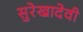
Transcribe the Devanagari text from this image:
सुरेखादेवी